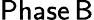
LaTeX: \mathsf{Phase\, B}